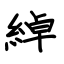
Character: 綽